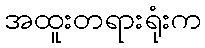
အထူးတရားရုံးက